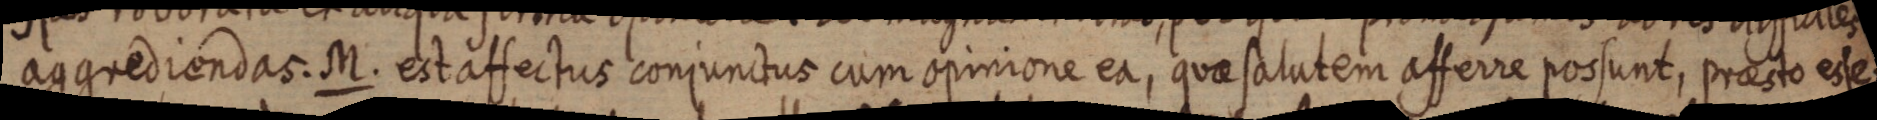
aggrediendas. M. est affectus conjunctus cum opinione ea, quae salutem afferre possunt, praesto esse: